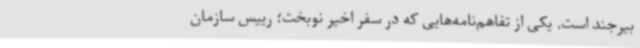
بیرجند است. یکی از تفاهم‌نامه‌هایی که در سفر اخیر نوبخت؛ رییس سازمان